Leaving Certificate Examination, 1914
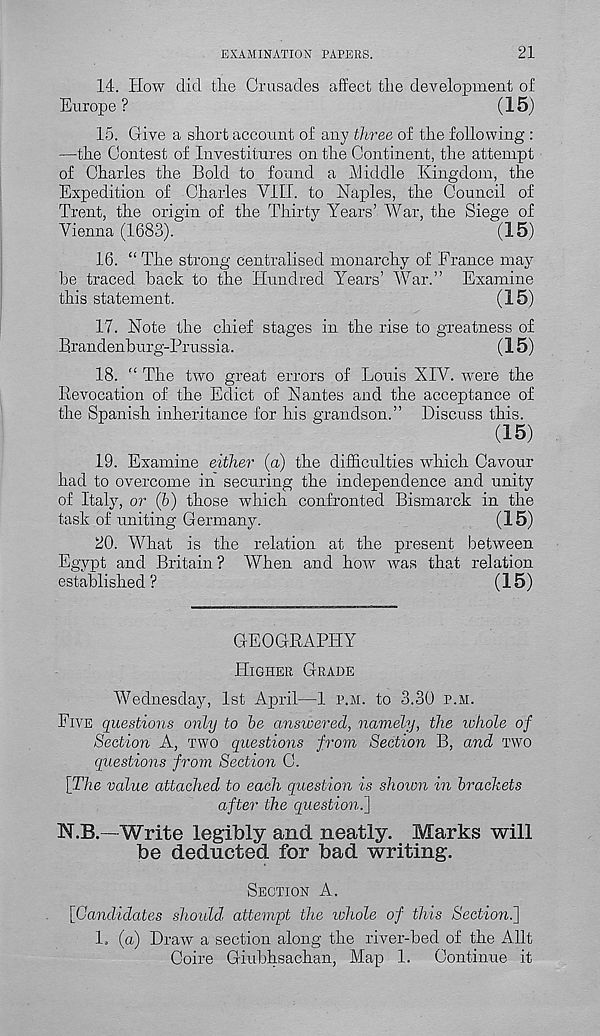
EXAMINATION PAPERS.
21
14. How did the Crusades affect the development of
Europe?
(15)
15. Give a short account of any three of the following :
—the Contest of Investitures on the Continent, the attempt
of Charles the Bold to found a Middle Kingdom, the
Expedition of Charles VIII. to Naples, the Council of
Trent, the origin of the Thirty Years’ War, the Siege of
Vienna (1683).
(15)
16. “ The strong centralised monarchy of France may
he traced hack to the Hundred Years’ War.” Examine
this statement.
(15)
17. Note the chief stages in the rise to greatness of
Brandenburg-Prussia.
(15)
18. “ The two great errors of Louis XIV. were the
Revocation of the Edict of Nantes and the acceptance of
the Spanish inheritance for his grandson.” Discuss this.
(15)
19. Examine either (a) the difficulties which Cavour
had to overcome in securing the independence and unity
of Italy, or (6) those which confronted Bismarck in the
task of uniting Germany.
(15)
20. What is the relation at the present between
Egypt and Britain? When and how was that relation
established ?
(15)
GEOGRAPHY
HIGHER GRADE
Wednesday, 1st April—1 P.M. to 3.30 P.M.
FIVE questions only to be answered, namely, the lohole of
Section A, TWO questions from Section B, and TWO
questions from Section C.
\The value attached to each question is shown in brackets
after the question^]
N.B.—Write legibly and neatly. Marks will
be deducted for bad writing.
SECTION A,
[Candidates should attempt the whole of this Sectioni]
1. (a) Draw a section along the river-bed of the Allt
Coire Giubhsachan, Map 1. Continue it